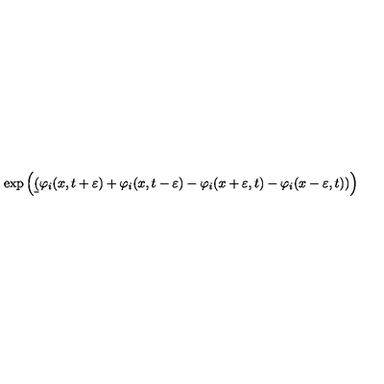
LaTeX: \exp \left( \b ( \varphi _ { i } ( x , t + \varepsilon ) + \varphi _ { i } ( x , t - \varepsilon ) - \varphi _ { i } ( x + \varepsilon , t ) - \varphi _ { i } ( x - \varepsilon , t ) ) \right)